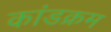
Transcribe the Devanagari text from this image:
कांडक्रम